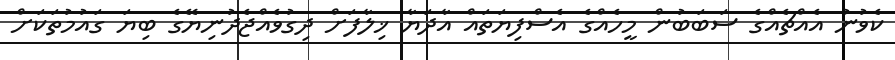
ކެވުނު އެއްޗެއްގެ ސަބަބުން މީހެއްގެ އެސްފިޔަތައް އާދަޔާ ޚިލާފަށް ދިގުވެއްޖެދުނިޔޭގެ ބިޔަ ގައުމުތަކަށް